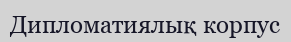
Дипломатиялық корпус